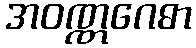
အဝဏ္ဏဂေဓာ